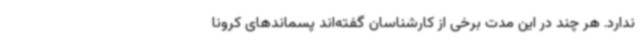
ندارد. هر چند در این مدت برخی از کارشناسان گفته‌اند پسماندهای کرونا